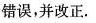
错误，并改正.